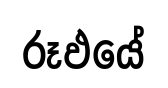
රූඵයේ